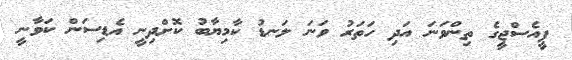
ޕީއެސްޖީގެ ތިންވަނަ އަދި ހަތަރު ވަނަ ލަނޑު ކާމިޔާބު ކޮށްދިނީ އެޑިސަން ކަވާނީ